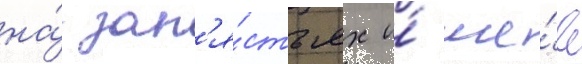
на́ зап'я́стьях и́ ше́е